Newspaper: Fergus County argus. [volume]
Place of publication: Lewistown, Mont.
Publisher: Fell & Vrooman
Date: 1895-05-16 00:00:00
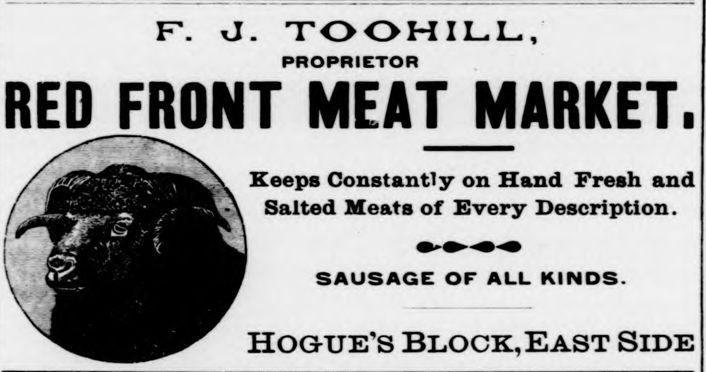
Advertisement text (OCR):
F\ J. TOOHILL, PROPRIETOR REDFRONT MEAT MARKET. KeepsConstantly on Hand Fresh and^Salted Meats of Every Description. sausageof all kinds. hogue'sblock.east side
Label: illustrations